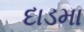
દાડમા